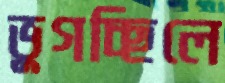
ভুগচ্ছিলে